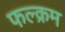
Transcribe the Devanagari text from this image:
फल्क्रम